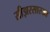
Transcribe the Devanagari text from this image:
सीझरसारखा